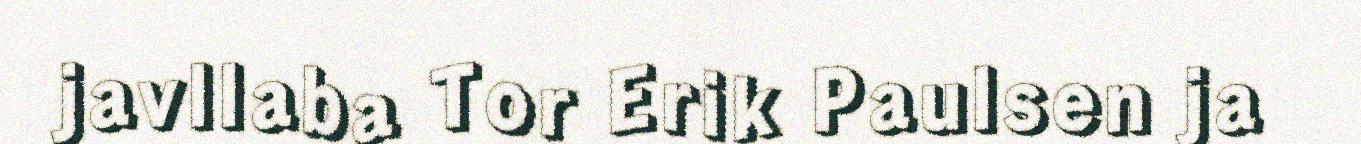
javllaba Tor Erik Paulsen ja